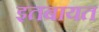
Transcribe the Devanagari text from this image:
इतबायत